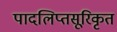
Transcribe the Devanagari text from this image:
पादलिप्तसूरिकृत